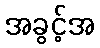
အခွင့်အ